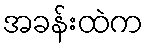
အခန်းထဲက